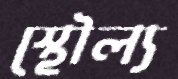
স্থৌল্য